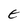
Character: E